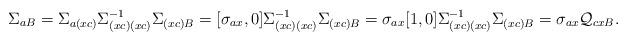
LaTeX: \begin{align*}\Sigma_{aB}&=\Sigma_{a(xc)}\Sigma^{-1}_{(xc)(xc)}\Sigma_{(xc)B}=[\sigma_{ax},0]\Sigma^{-1}_{(xc)(xc)}\Sigma_{(xc)B}=\sigma_{ax}[1,0]\Sigma^{-1}_{(xc)(xc)}\Sigma_{(xc)B}=\sigma_{ax}\mathcal{Q}_{cxB}.\end{align*}